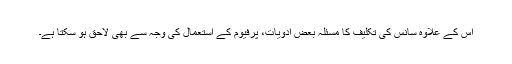
اس کے علاوہ سانس کی تکلیف کا مسئلہ بعض ادویات، پرفیوم کے استعمال کی وجہ سے بھی لاحق ہو سکتا ہے۔